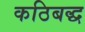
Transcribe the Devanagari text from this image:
कठिबद्ध